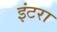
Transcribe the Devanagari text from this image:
इंटरा